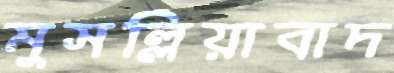
মুসল্লিয়াবাদ